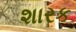
શારક